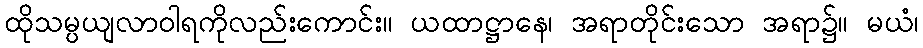
ထိုသမ္ပယျလာဝါရကိုလည်းကောင်း။ ယထာဋ္ဌာနေ၊ အရာတိုင်းသော အရာ၌။ မယံ၊